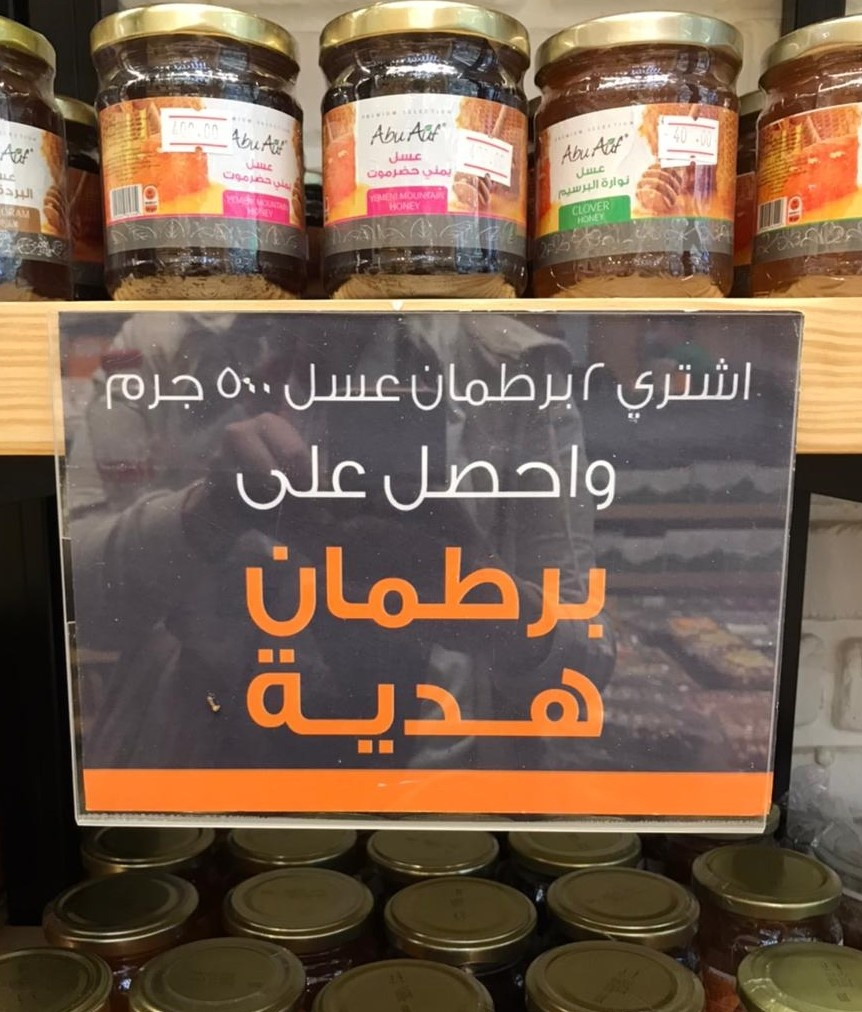
Text in image: عسل عسل حضرموت يمني نوارة البرسيم 500 2 عسل اشتري برطمان جرم على برطمان هدية Auf Abu Auf Abu